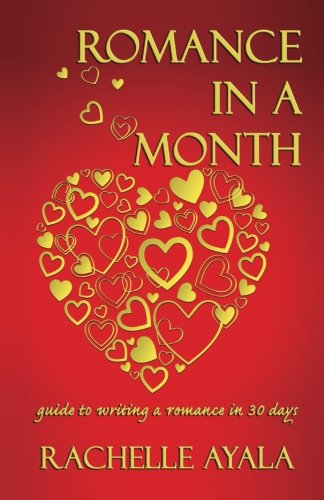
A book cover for Romance In A Month: Guide to Writing a Romance in 30 Days; Rachelle Ayala; Romance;